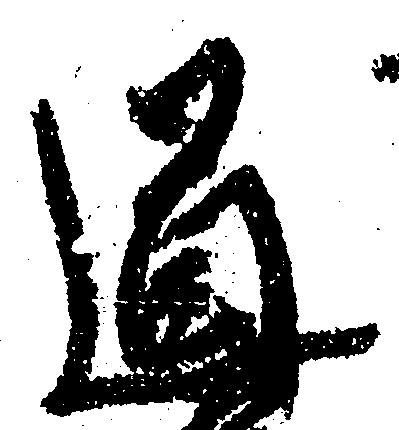
道